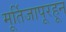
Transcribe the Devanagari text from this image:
मूर्तिजापूरहून